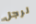
لرجل